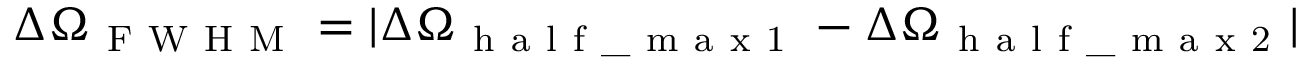
\Delta \Omega _ { \mathrm { ~ F ~ W ~ H ~ M ~ } } = | \Delta \Omega _ { \mathrm { ~ h ~ a ~ l ~ f ~ \_ ~ m ~ a ~ x ~ 1 ~ } } - \Delta \Omega _ { \mathrm { ~ h ~ a ~ l ~ f ~ \_ ~ m ~ a ~ x ~ 2 ~ } } |